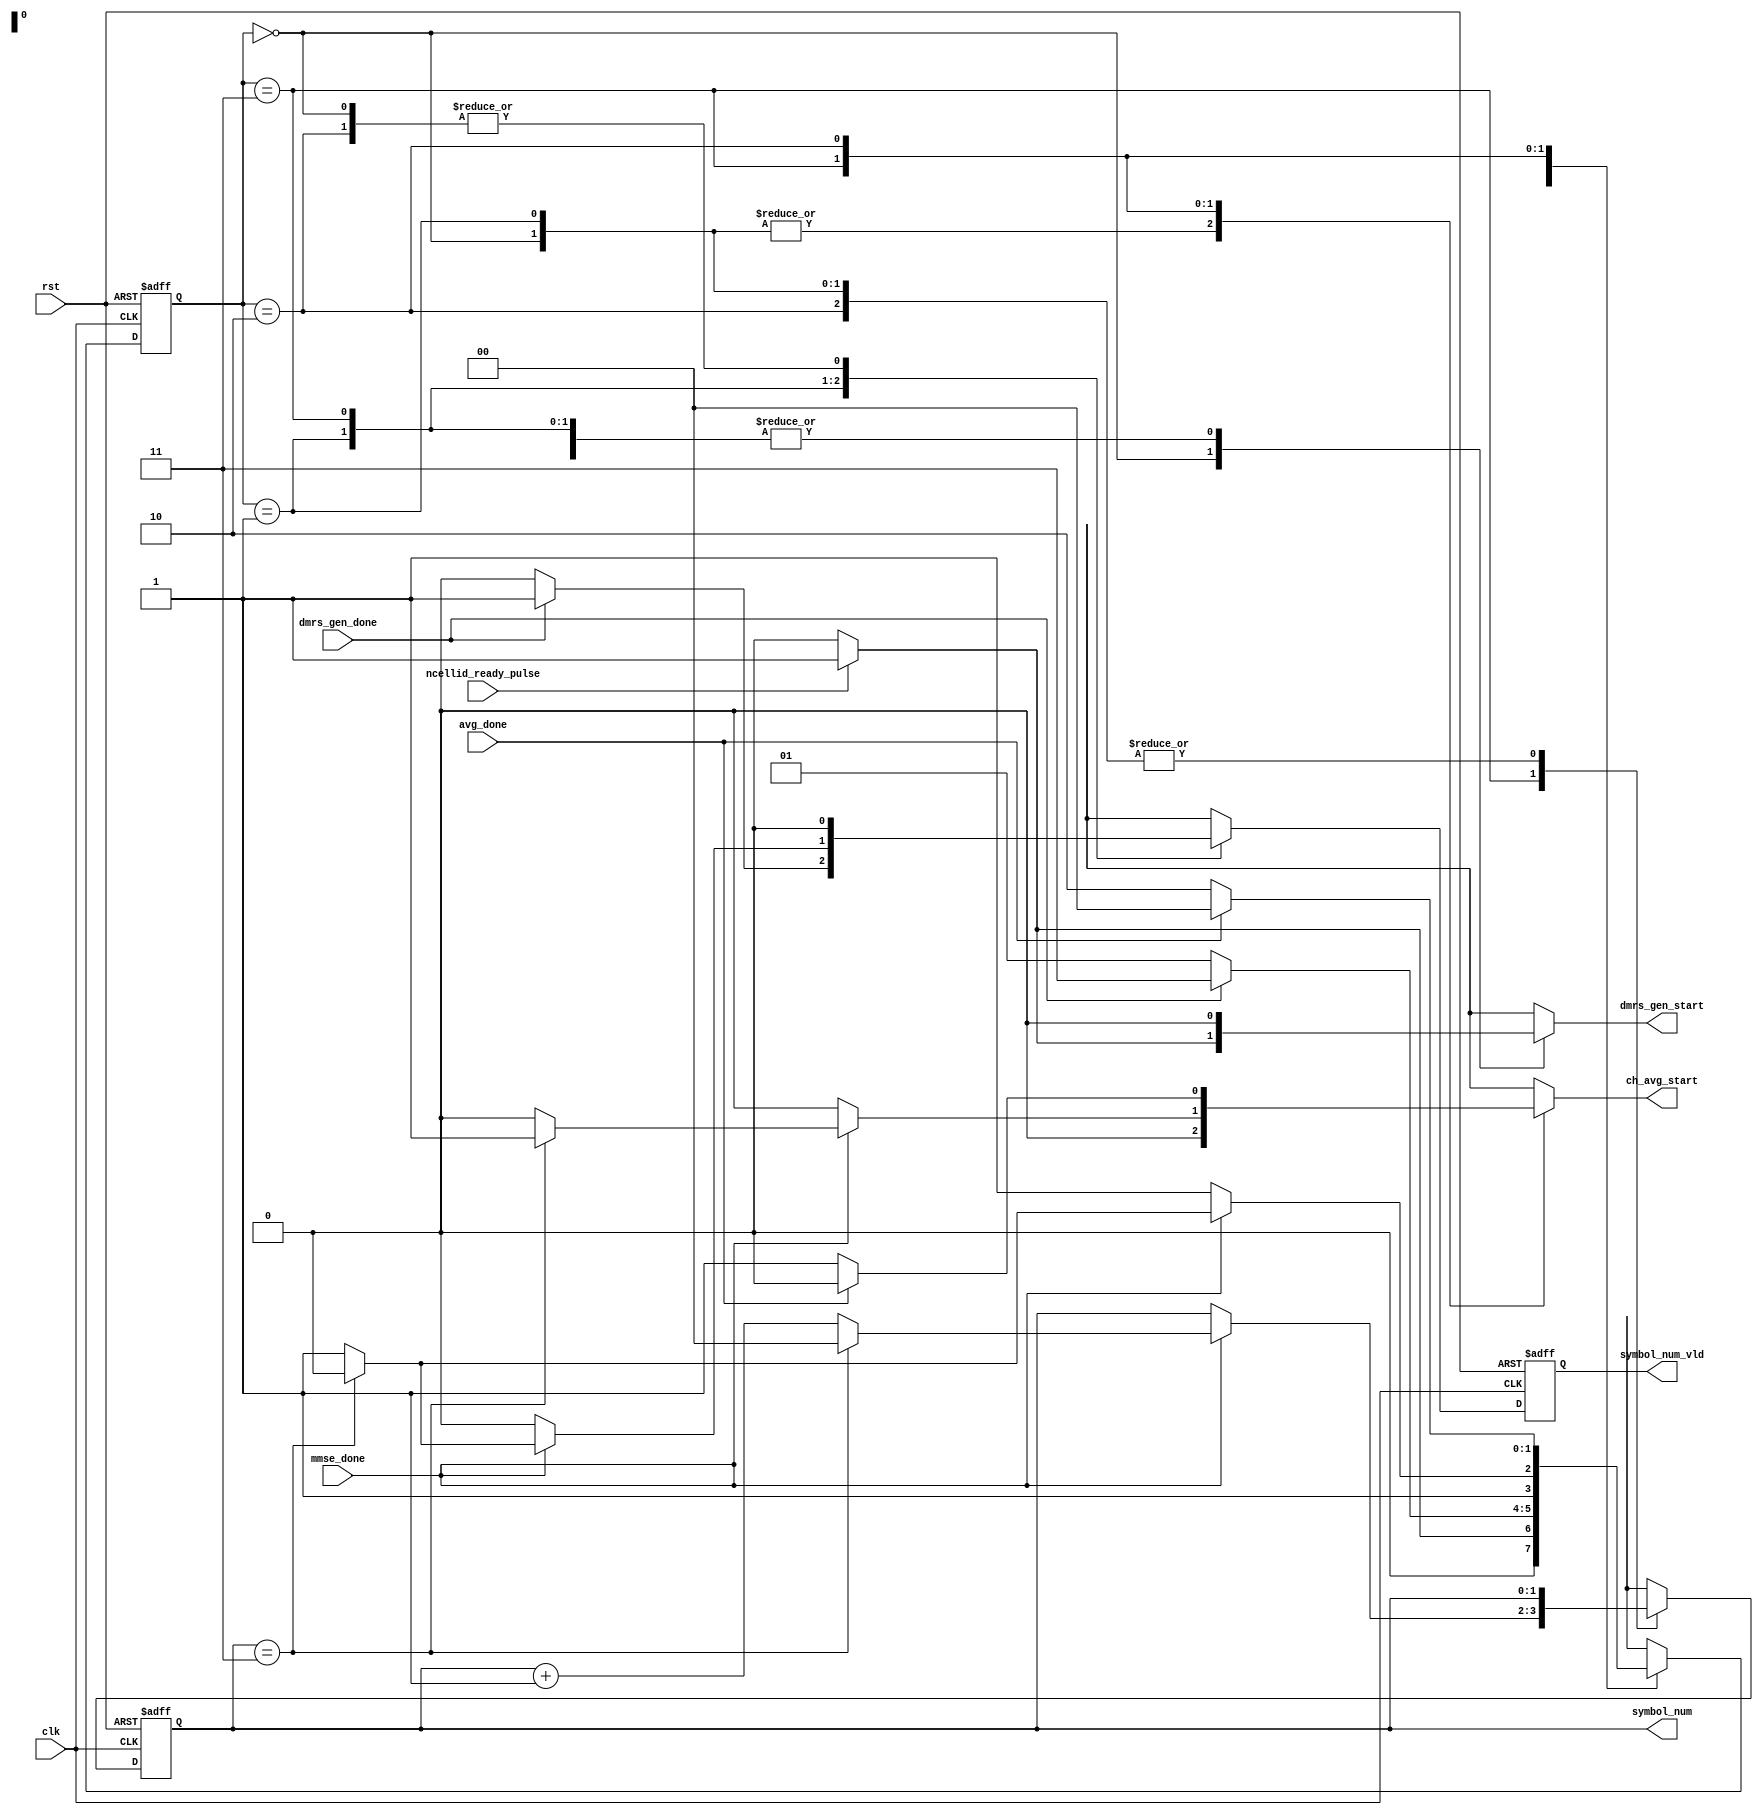
module ctrl (
    output reg  dmrs_gen_start,
    output reg  ch_avg_start,
    output wire [1:0] symbol_num,
    output reg  symbol_num_vld,
    input  wire ncellid_ready_pulse,
    input  wire mmse_done,
    input  wire dmrs_gen_done,
    input  wire avg_done,
    input  wire clk,
    input  wire rst
);


reg [1:0] current_state;
reg [1:0] next_state;
reg [1:0] counter,counter_r;
reg       symbol_num_vld_nx;

localparam  IDLE            = 2'b00, 
            DMRS_GEN        = 2'b01,
            PROCESS         = 2'b11,
            AVG             = 2'b10;

always @(posedge clk or negedge rst) begin
    if (!rst) begin
        current_state <= IDLE;
        counter_r     <= 'd0;
        symbol_num_vld <= 'd0;
    end
    else begin
        current_state <= next_state;
        counter_r     <= counter;
        symbol_num_vld <= symbol_num_vld_nx;
    end
end

always @(*) begin
    //counter = counter_r;
    case (current_state)
        IDLE    :   begin
                        if (ncellid_ready_pulse) begin
                            next_state = DMRS_GEN;
                        end
                        else begin
                            next_state = IDLE;
                        end 
        end 

        DMRS_GEN   :   begin
                        if (dmrs_gen_done) begin
                            next_state = PROCESS;
                        end
                        else begin
                            next_state = DMRS_GEN;
                        end 
        end

        PROCESS   :   begin
                        if (mmse_done) begin
                            if (counter_r == 3) begin
                                next_state = AVG;
                            end
                            else begin
                                next_state = PROCESS;
                            end
                        end
                        else begin
                            next_state = PROCESS;
                        end 
        end


        AVG   :   begin
                        if (avg_done) begin
                            next_state = IDLE;
                            
                        end
                        else next_state = AVG;
        end

        default :   next_state = IDLE;
    endcase
end

always @(*) begin
    counter = counter_r;
    symbol_num_vld_nx = symbol_num_vld;
    case (current_state)
        IDLE   :    begin
                    dmrs_gen_start      = 1'b0;
                    ch_avg_start        = 1'b0;
                    symbol_num_vld_nx      = 1'b0;
                    if (ncellid_ready_pulse) begin
                        dmrs_gen_start  = 1'b1;
                    end
        end
        DMRS_GEN  :    begin  
                    dmrs_gen_start      = 1'b0;
                    ch_avg_start        = 1'b0;
                    symbol_num_vld_nx      = 1'b0;
                    if (dmrs_gen_done) begin
                        symbol_num_vld_nx      = 1'b1;
                    end
        end

        PROCESS  :    begin  
                    dmrs_gen_start      = 1'b0;
                    ch_avg_start        = 1'b0;
                    symbol_num_vld_nx   = 1'b0;
                    if (mmse_done) begin      
                        if (counter_r == 3) begin
                            ch_avg_start    = 1'b1;
                            counter         ='d0;
                        end
                        else begin
                        counter         = counter_r +'d1;
                        symbol_num_vld_nx      = 1'b1;
                        end
                    end
        end

        AVG  :    begin  
                    dmrs_gen_start      = 1'b0;
                    ch_avg_start        = 1'b1;
                    symbol_num_vld_nx   = 1'b0;
                    if (avg_done) begin
                        ch_avg_start    = 1'b0;
                    end
        end

        default:    begin
                    dmrs_gen_start      = 1'b0;
                    ch_avg_start        = 1'b0;
                    symbol_num_vld_nx   = 1'b0;
        end
    endcase
end

assign symbol_num = counter_r ;

endmodule